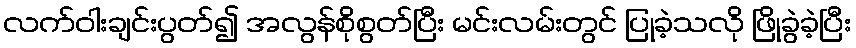
လက်ဝါးချင်းပွတ်၍ အလွန်စိုစွတ်ပြီး မင်းလမ်းတွင် ပြုခဲ့သလို ဖြိုခွဲခဲ့ပြီး